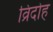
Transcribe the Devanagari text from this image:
व्रिदोह